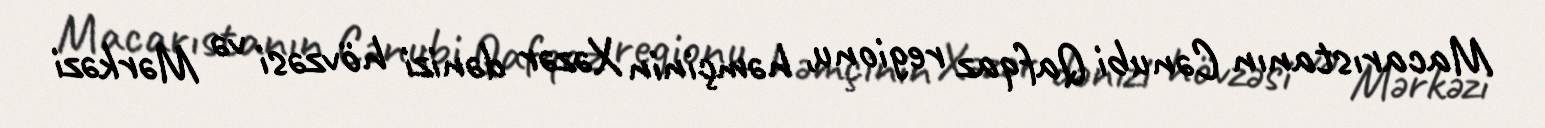
Macarıstanın Cənubi Qafqaz regionu, həmçinin Xəzər dənizi hövzəsi və Mərkəzi